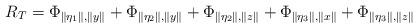
LaTeX: \begin{align*}R_{T}=\Phi_{\left\Vert \eta_{1}\right\Vert ,\left\Vert y\right\Vert }+\Phi_{\left\Vert \eta_{2}\right\Vert ,\left\Vert y\right\Vert }+\Phi_{\left\Vert \eta_{2}\right\Vert ,\left\Vert z\right\Vert }+\Phi_{\left\Vert \eta_{3}\right\Vert ,\left\Vert x\right\Vert }+\Phi_{\left\Vert \eta_{3}\right\Vert ,\left\Vert z\right\Vert }\end{align*}